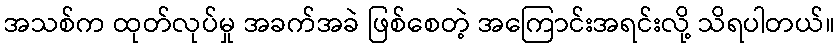
အသစ်က ထုတ်လုပ်မှု အခက်အခဲ ဖြစ်စေတဲ့ အကြောင်းအရင်းလို့ သိရပါတယ်။